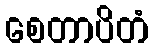
စေတာပိတံ